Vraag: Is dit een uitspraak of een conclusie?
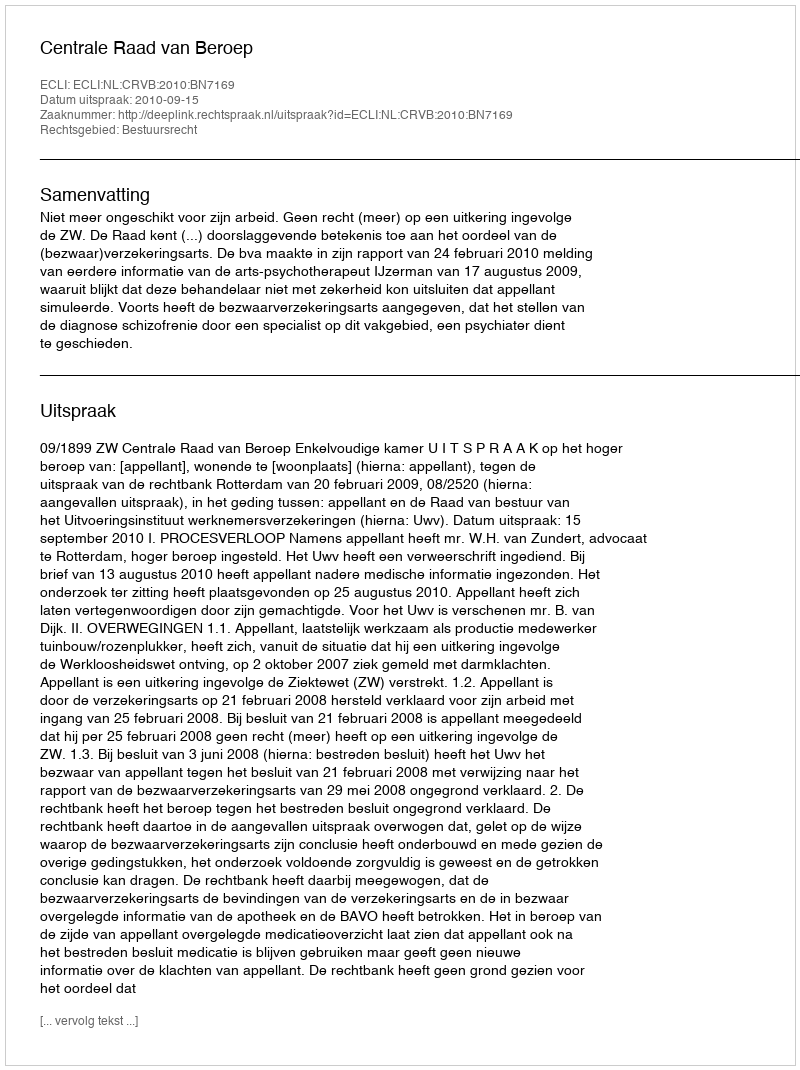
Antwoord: Uitspraak